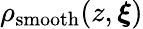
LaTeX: \rho_{\mathrm{smooth}}(z,\boldsymbol{\xi})